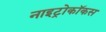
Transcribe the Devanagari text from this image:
नाइट्रोकॉकस